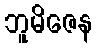
ဘူမိဇေန